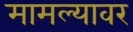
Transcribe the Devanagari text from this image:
मामल्यावर